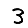
Digit: 3